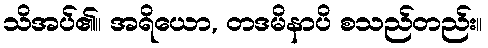
သိအပ်၏။ အရိယော, တဒမိနာပိ စသည်တည်း။